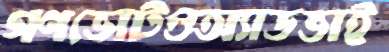
গণভোটওঅ্যাডভাই